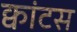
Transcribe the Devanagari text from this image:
क्वांटस